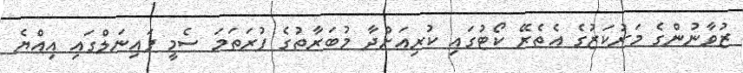
ޒުވާނުންގެ މަރުކަޒުގެ އެތެރޭ ކޯޓުގައި ކުރިއަށްދާ މުބަރާތުގެ ފުރަތަމަ ސެމީ ފައިނަލްގައި އިއްޔެ